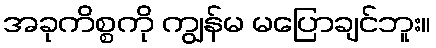
အခုကိစ္စကို ကျွန်မ မပြောချင်ဘူး။